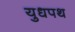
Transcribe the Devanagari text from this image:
युधपथ